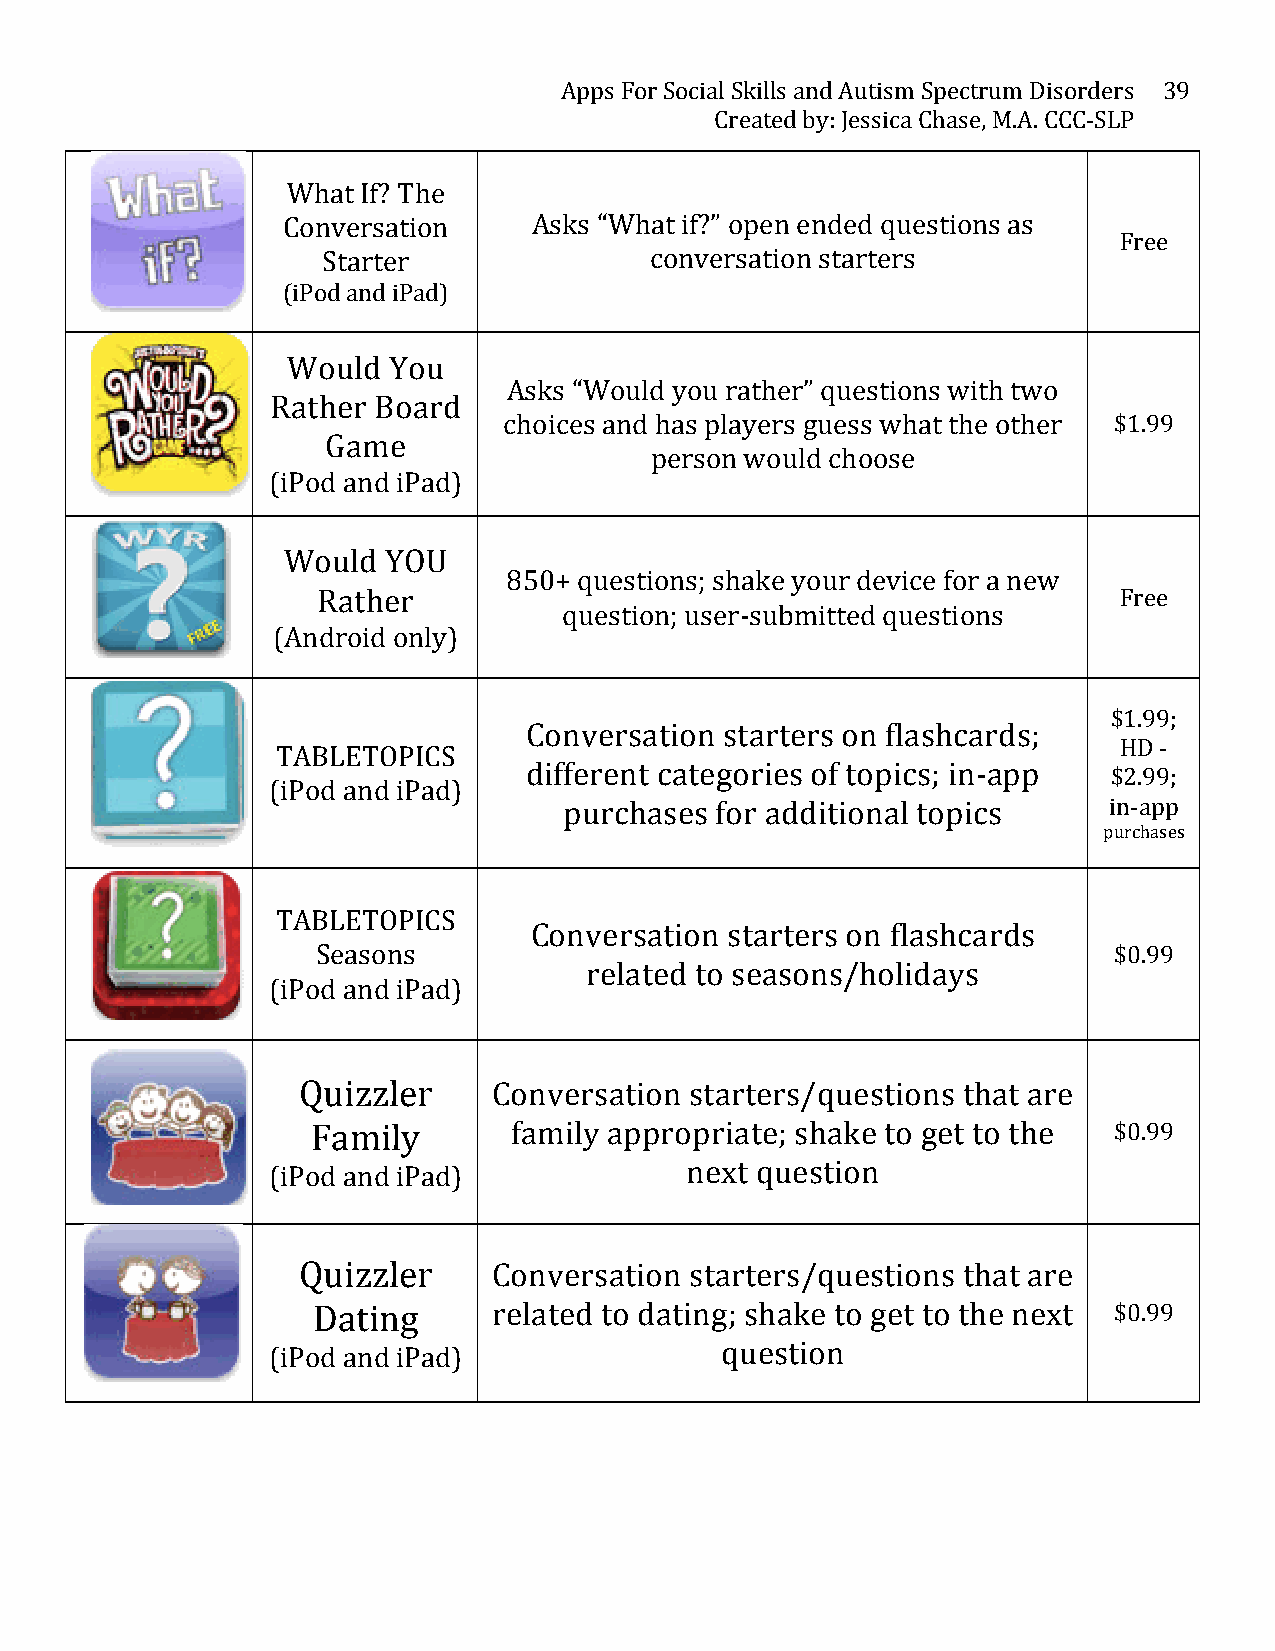
Apps For Social Skills and Autism Spectrum Disorders 39
 Created by: Jessica Chase, M.A. CCC-­‐SLP
 What If? The
 Conversation    Asks “What if?” open ended questions as
 Free
 Starter               conversation starters
 (iPod and iPad)
 Would  You
 Asks “Would you rather” questions with two
 Rather Board
 choices and has players guess what the other $1.99
 Game
 person would choose
 (iPod and iPad)
 Would  YOU
 850+ questions; shake your device for a new
 Rather                                               Free
 question; user-­‐submitted questions
 (Android only)
 $1.99;
 Conversation starters on flashcards;
 HD -­‐
 TABLETOPICS
 different categories of topics; in-­‐app
 $2.99;
 (iPod and iPad)
 purchases for additional topics     in-­‐app
 purchases
 TABLETOPICS
 Conversation starters on flashcards
 Seasons                                              $0.99
 related to seasons/holidays
 (iPod and iPad)
 Quizzler     Conversation starters/questions that are
 Family       family appropriate; shake to get to the $0.99
 (iPod and iPad)            next question
 Quizzler     Conversation starters/questions that are
 Dating      related to dating; shake to get to the next $0.99
 question
 (iPod and iPad)